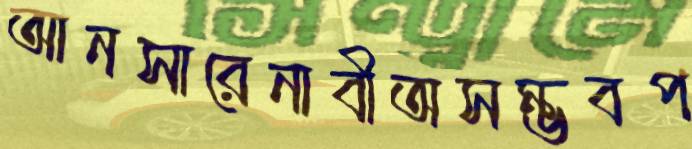
আনসারেনাবীঅসম্ভবপ